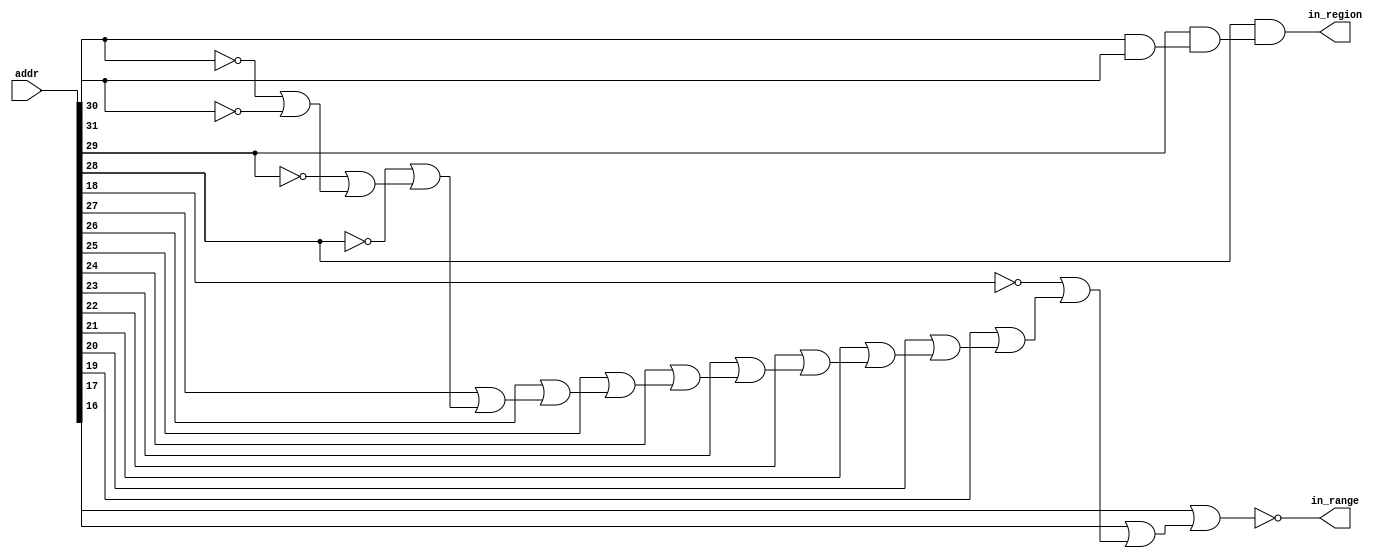
module rvrangecheck_f0040000_64
(
  addr,
  in_range,
  in_region
);

  input [31:0] addr;
  output in_range;
  output in_region;
  wire in_range,in_region,N0,N1,N2,N3,N4,N5,N6,N7,N8,N9,N10,N11,N12,N13,N14,N15,N16,
  N17,N18,N19,N21,N22;
  assign N0 = ~addr[31];
  assign N1 = ~addr[30];
  assign N2 = ~addr[29];
  assign N3 = ~addr[28];
  assign N4 = ~addr[18];
  assign N5 = N1 | N0;
  assign N6 = N2 | N5;
  assign N7 = N3 | N6;
  assign N8 = addr[27] | N7;
  assign N9 = addr[26] | N8;
  assign N10 = addr[25] | N9;
  assign N11 = addr[24] | N10;
  assign N12 = addr[23] | N11;
  assign N13 = addr[22] | N12;
  assign N14 = addr[21] | N13;
  assign N15 = addr[20] | N14;
  assign N16 = addr[19] | N15;
  assign N17 = N4 | N16;
  assign N18 = addr[17] | N17;
  assign N19 = addr[16] | N18;
  assign in_range = ~N19;
  assign N21 = addr[30] & addr[31];
  assign N22 = addr[29] & N21;
  assign in_region = addr[28] & N22;

endmodule